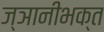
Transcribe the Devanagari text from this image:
ज्ञानीभक्त